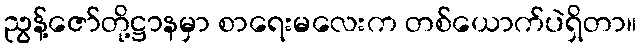
ညွန့်ဇော်တို့ဋ္ဌာနမှာ စာရေးမလေးက တစ်ယောက်ပဲရှိတာ။